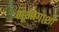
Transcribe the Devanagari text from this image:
भूभागाशी